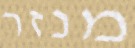
מנזר